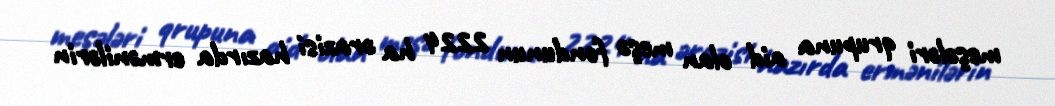
meşələri qrupuna aid olan meşə fondunun 2224 ha ərazisi hazırda ermənilərin